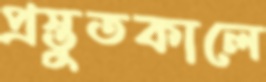
প্রস্তুতকালে